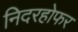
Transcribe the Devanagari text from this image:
निदरहोफर